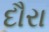
દૌરા